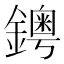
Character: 𨮁